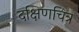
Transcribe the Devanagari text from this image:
दक्षिणचित्र